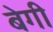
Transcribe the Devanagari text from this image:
बेगी